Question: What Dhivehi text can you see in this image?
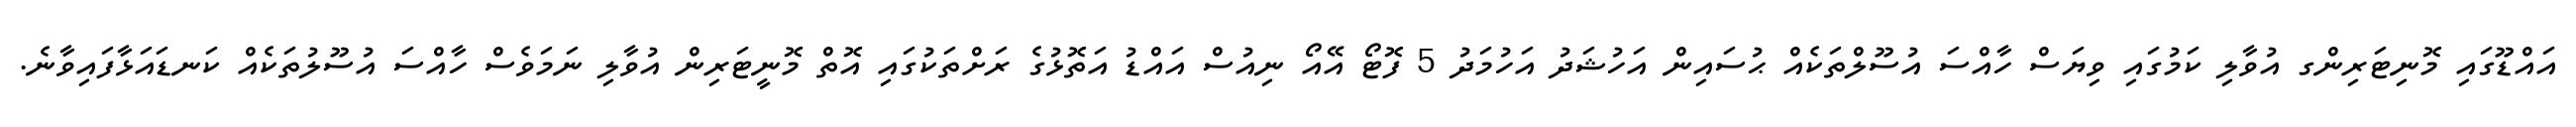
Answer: އައްޑޫގައި މޮނިޓަރިންގ އުވާލި ކަމުގައި ވިޔަސް ހާއްސަ އުސޫލްތަކެއް ޙުސައިން އަހުޝަދު އަހުމަދު 5 ފޮޓޯ އޭއޯ ނިއުސް އައްޑު އަތޮޅުގެ ރަށްތަކުގައި އޮތް މޮނީޓަރިން އުވާލި ނަމަވެސް ހާއްސަ އުސޫލުތަކެއް ކަނޑައަޅާފައިވާނެ.